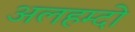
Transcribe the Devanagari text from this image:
अलहम्दो